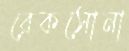
রেকসোনা